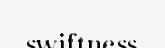
swiftness